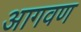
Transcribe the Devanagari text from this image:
आगवण